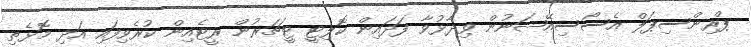
ޕްރިންސިޕަލް އެސޯސިއޭޝަނުން ވިދާޅުވާ ފަދައިން ކޮލިޓީ ޓީޗަރުން ރީޓެއިން ކުރެވިފައި އަދި މޮޅެތި